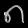
Digit: ၈